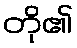
တို၏